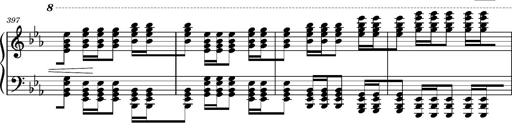
Title: Magyar rapszÃ³diÃ¡k
Composer: Franz Liszt